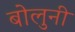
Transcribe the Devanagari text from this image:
बोलुनी